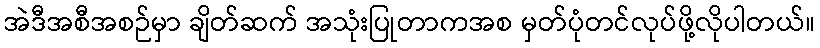
အဲဒီအစီအစဉ်မှာ ချိတ်ဆက် အသုံးပြုတာကအစ မှတ်ပုံတင်လုပ်ဖို့လိုပါတယ်။